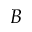
B